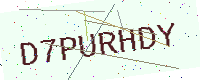
Text: D7PURHDY